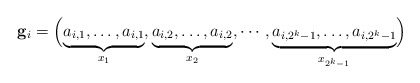
\begin{align*}\mathbf{g}_i = \Bigl( \underbrace{a_{i,1}, \ldots, a_{i,1}}_{x_1}, \underbrace{a_{i,2}, \ldots, a_{i,2}}_{x_2}, \cdots, \underbrace{a_{i,2^k-1}, \ldots, a_{i,2^k-1}}_{x_{2^k-1}} \Bigr)\end{align*}